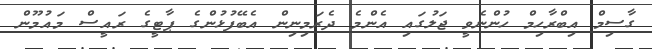
ގާސިމް އިބްރާހިމް ހުންނެވީ ޖަލުގައި އެންމެ ދެރަމިނިން އެބޭފުޅުންގެ ޕާޓީގެ ރައީސް މައުމޫން